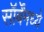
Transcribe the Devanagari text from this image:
सॉर्बेंमध्ये